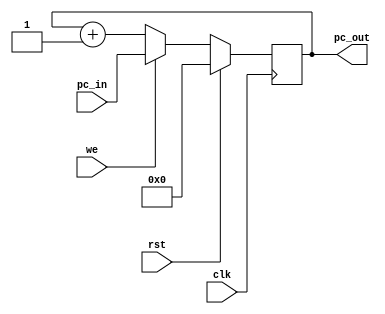
//pc.v

module pc(pc_in, clk, rst, we, pc_out);
	input[5:0] pc_in;
	input clk, rst, we;
	output[5:0] pc_out;

	reg [5:0] pc_out;


	always@(posedge clk) begin
		if (rst == 1'b1) begin
		pc_out <= 6'b000000;
		end else if(we == 1'b1) begin
		pc_out <= pc_in;
		end else begin
		pc_out <= pc_out + 6'b000001;
		end

	end

endmodule